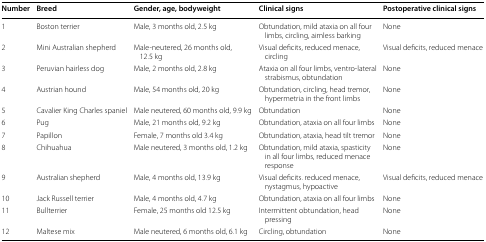
| Number | Breed | Gender, age, bodyweight | Clinical signs | Postoperative clinical signs |
 | --- | --- | --- | --- | --- |
 | 1 | Boston terrier | Male, 3 months old, 2.5 kg | Obtundation, mild ataxia on all four limbs, circling, aimless barking | None |
 | 2 | Mini Australian shepherd | Male-neutered, 26 months old, 12.5 kg | Visual deficits, reduced menace, circling | Visual deficits, reduced menace |
 | 3 | Peruvian hairless dog | Male, 2 months old, 2.8 kg | Ataxia on all four limbs, ventro-lateral strabismus, obtundation | None |
 | 4 | Austrian hound | Male, 54 months old, 20 kg | Obtundation, circling, head tremor, hypermetria in the front limbs | None |
 | 5 | Cavalier King Charles spaniel | Male neutered, 60 months old, 9.9 kg | Obtundation | None |
 | 6 | Pug | Male, 21 months old, 9.2 kg | Obtundation, ataxia on all four limbs | None |
 | 7 | Papillon | Female, 7 months old 3.4 kg | Obtundation, ataxia, head tilt tremor | None |
 | 8 | Chihuahua | Male neutered, 3 months old, 1.2 kg | Obtundation, mild ataxia, spasticity in all four limbs, reduced menace response | None |
 | 9 | Australian shepherd | Male, 4 months old, 13.9 kg | Visual deficits. reduced menace, nystagmus, hypoactive | Visual deficits, reduced menace |
 | 10 | Jack Russell terrier | Male, 4 months old, 4.7 kg | Obtundation, ataxia on all four limbs | None |
 | 11 | Bullterrier | Female, 25 months old 12.5 kg | Intermittent obtundation, head pressing | None |
 | 12 | Maltese mix | Male neutered, 6 months old, 6.1 kg | Circling, obtundation | None |